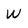
Character: W